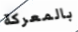
بالمعركة